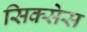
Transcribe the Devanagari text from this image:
सिक्सेस